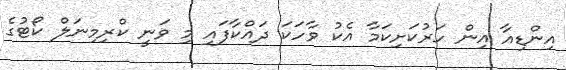
އިންޑިއާ އިން ހަރުކަށިކަމާ އެކު ވާހަކަ ދައްކާފައި މި ވަނީ ކްރިމިނަލް ކޯޓުގެ